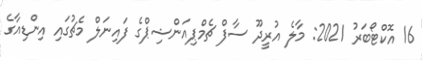
16 އޮކްޓޯބަރު 2021: މާލެ އުރީދޫ ސާފް ޗެމްޕިއަންޝިޕްގެ ފައިނަލް މެޗުގައި އިންޑިއާގެ